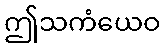
ဤသကံယေဝ